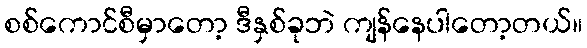
စစ်ကောင်စီမှာတော့ ဒီနှစ်ခုဘဲ ကျန်နေပါတော့တယ်။